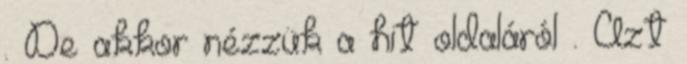
. De akkor nézzük a hit oldaláról . Azt